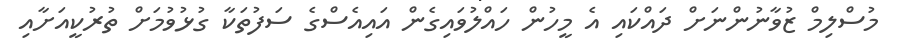
މުސްލިމް ޒުވާނުންނަށް ދައްކައި އެ މީހުން ހައްލުވައިގެން އައިއެސްގެ ސަފުތަކާ ގުޅުވުމަށް ތުރުކީއަށާއި